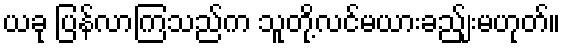
ယခု ပြန်လာကြသည်က သူတို့လင်မယားခည်ျးမဟုတ်။